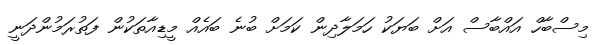
މިސްބާހް އައްބާސް އަށް ބަޔަކު ހަމަލާދިން ކަމަށް ބުނެ ބައެއް މީޑިއާތަކުން ފަތުރަމުންދަނީ